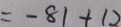
= - 8 1 + 1 2